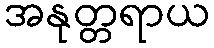
အနုတ္တရာယ